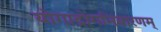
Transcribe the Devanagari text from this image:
योगाद्रोगनिवारणम्